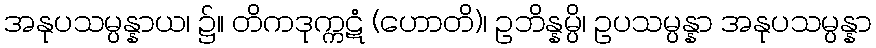
အနုပသမ္ပန္နာယ၊ ၌။ တိကဒုက္ကဋံ (ဟောတိ)၊ ဥဘိန္နမ္ပိ၊ ဥပသမ္ပန္နာ အနုပသမ္ပန္နာ